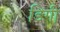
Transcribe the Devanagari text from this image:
डिगी